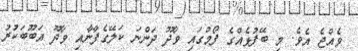
ވެއްޖެ އެވެ. މި ބޭފުޅެއްގެ ފޯމުގައި ވާދޫ ދަންނަ ކަލޭގެފާނާއި ވާދޫ އަބޫބަކުރު